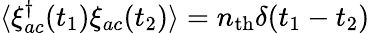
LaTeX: \langle\xi_{ac}^{\dagger}(t_{1})\xi_{ac}(t_{2})\rangle=n_{\mathrm{th}}\delta(t_{1}-t_{2})